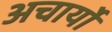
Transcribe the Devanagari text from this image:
अचार्यो